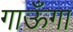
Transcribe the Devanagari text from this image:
गाऊँगा